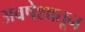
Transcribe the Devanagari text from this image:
अवषेशातून